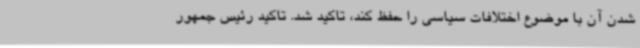
شدن آن با موضوع اختلافات سیاسی را حفظ کند، تاکید شد. تاکید رئیس جمهور